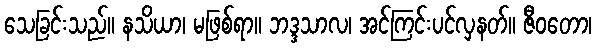
သေခြင်းသည်။ နသိယာ၊ မဖြစ်ရာ။ ဘဒ္ဒသာလ၊ အင်ကြင်းပင်လှနတ်။ ဇီဝတော၊